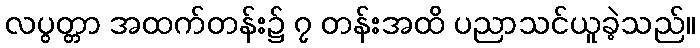
လပွတ္တာ အထက်တန်း၌ ၇ တန်းအထိ ပညာသင်ယူခဲ့သည်။